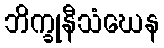
ဘိက္ခုနီသံဃေန